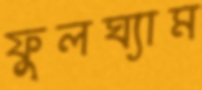
ফুলঘ্যাম